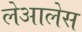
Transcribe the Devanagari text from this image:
लेआलेस